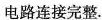
电路连接完整.